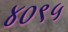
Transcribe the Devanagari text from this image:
४०९५